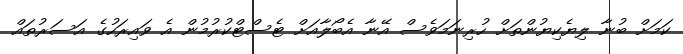
ކަމަށް ބުނާ ލިޔެކިޔުންތަށް ހުރިނަމަވެސް އޭނާ އެބޯލާއަށް ޓެސްޓްކުރުމުން އެ ވައިރަހުގެ އަސަރުތައް